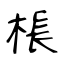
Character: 棖